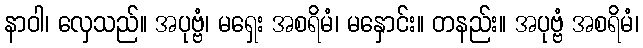
နာဝါ၊ လှေသည်။ အပုဗ္ဗံ၊ မရှေး အစရိမံ၊ မနှောင်း။ တနည်း။ အပုဗ္ဗံ အစရိမံ၊